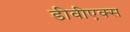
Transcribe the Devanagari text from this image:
डीवीएक्स